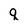
Character: q